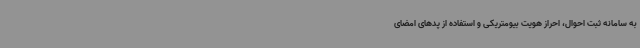
به سامانه ثبت احوال، احراز هویت بیومتریکی و استفاده از پدهای امضای